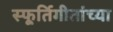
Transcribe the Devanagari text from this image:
स्फूर्तिगीतांच्या